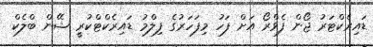
ޑައިރެކްޓަރު ޖޯން ފެވްރޯ އަށް ފަހު މިފަހަރުގެ ފިލްމު ޑައިރެކްޓްކުރީ ޝޭން ބްލެކް